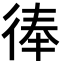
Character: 𢔓